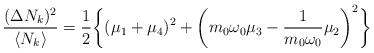
LaTeX: \begin{align*}{(\Delta N_k)^2 \over \langle N_k \rangle} = {1\over2} \biggl\{ (\mu_1 + \mu_4)^2 + \biggl( m_0\omega_0\mu_3 - {1\over m_0 \omega_0} \mu_2\biggr) ^2\biggr\}\end{align*}